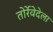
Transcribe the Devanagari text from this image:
तोर्रेवेदेला